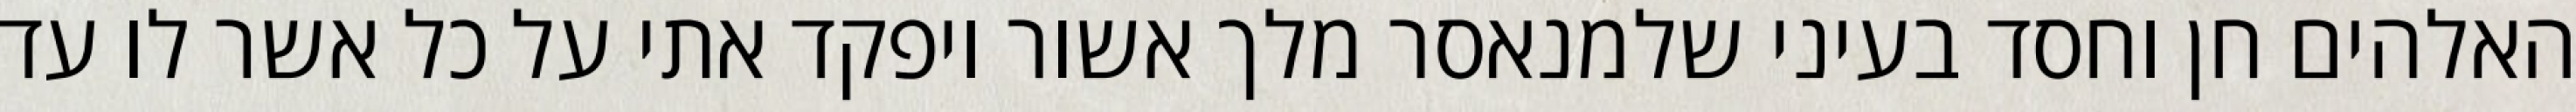
האלהים חן וחסד בעיני שלמנאסר מלך אשור ויפקד אתי על כל אשר לו עד